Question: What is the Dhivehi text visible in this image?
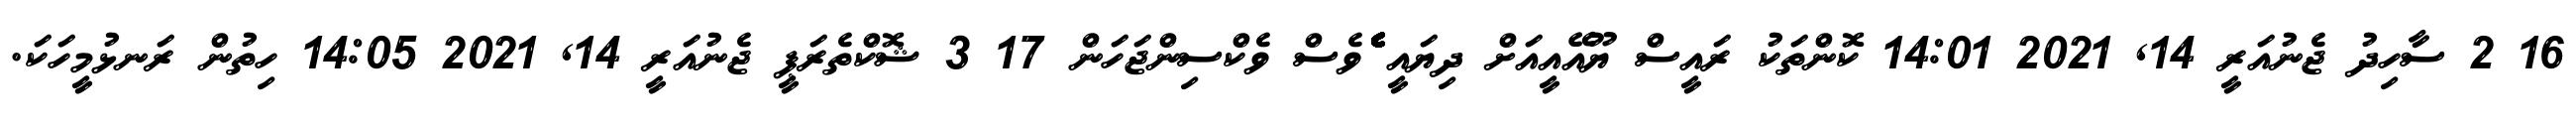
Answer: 16 2 ސާހިދު ޖެނުއަރީ 14, 2021 14:01 ކޮންތަކު ރައީސް ޔޫއޭއީއަށް ދިޔައީ ެެެެެެެެެެެެެެެެެެެެެެެެެެެެެެެެެެެެެެެެެެެެެެެެެެެެެެެެވެސް ވެކްސިންޖަހަން 17 3 ޝޮކްތެރަޕީ ޖެނުއަރީ 14, 2021 14:05 ހިތުން ރަނޅުމީހަކަ.